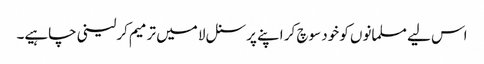
اس لیے مسلمانوں کو خود سوچ کر اپنے پرسنل لا میں ترمیم کرلینی چاہیے۔